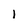
Character: l